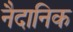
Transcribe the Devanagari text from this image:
नैदानिक